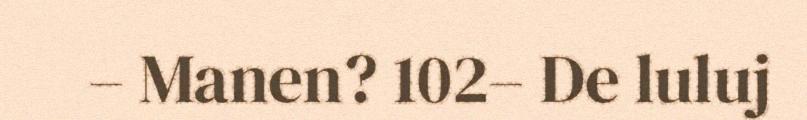
– Manen? 102– De luluj